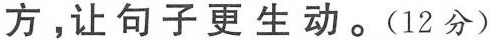
方，让句子更生动。（12分）